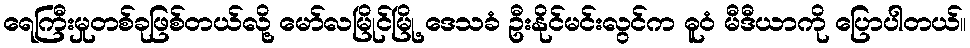
ရေကြီးမှုတစ်ခုဖြစ်တယ်လို့ မော်လမြိုင်မြို့ ဒေသခံ ဦးနိုင်မင်းလွင်က ဓူဝံ မီဒီယာကို ပြောပါတယ်။